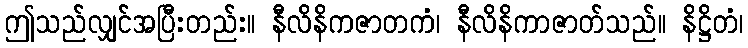
ဤသည်လျှင်အပြီးတည်း။ နီလိနိကဇာတကံ၊ နီလိနိကာဇာတ်သည်။ နိဋ္ဌိတံ၊